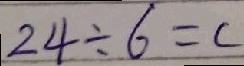
2 4 \div 6 = c